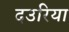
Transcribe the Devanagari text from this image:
दउरिया